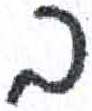
אות: ב